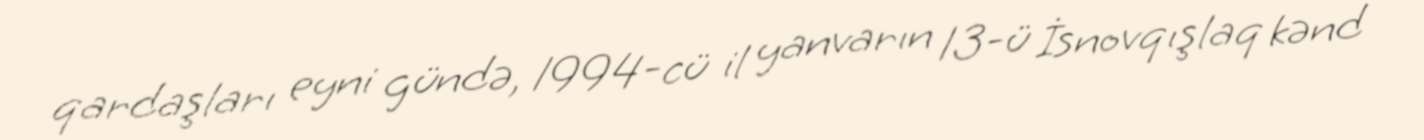
qardaşları eyni gündə, 1994-cü il yanvarın 13-ü İsnovqışlaq kənd